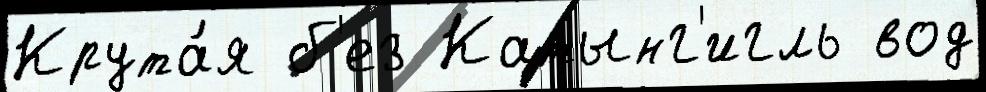
Крута́я б'ез Катынг'игль вод